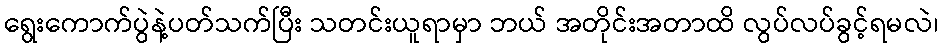
ရွေးကောက်ပွဲနဲ့ပတ်သက်ပြီး သတင်းယူရာမှာ ဘယ် အတိုင်းအတာထိ လွပ်လပ်ခွင့်ရမလဲ၊